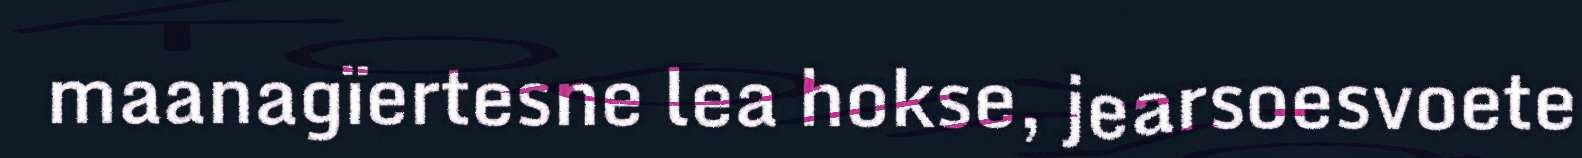
maanagïertesne lea hokse, jearsoesvoete